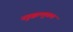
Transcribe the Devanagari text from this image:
नडुक्कल्लुकल